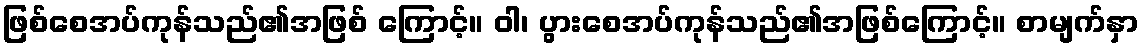
ဖြစ်စေအပ်ကုန်သည်၏အဖြစ် ကြောင့်။ ဝါ၊ ပွားစေအပ်ကုန်သည်၏အဖြစ်ကြောင့်။ စာမျက်နှာ